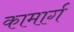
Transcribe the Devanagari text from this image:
कामार्ग